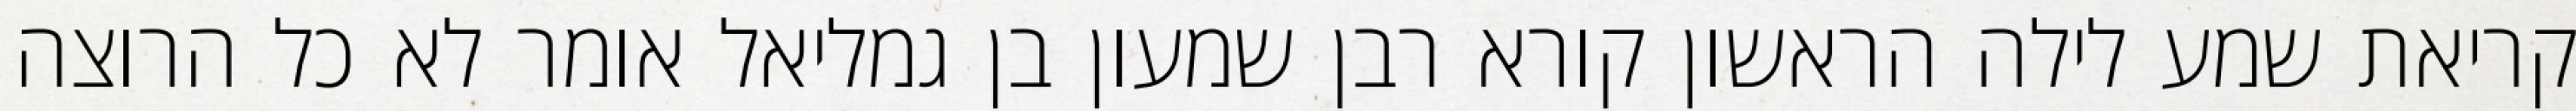
קריאת שמע לילה הראשון קורא רבן שמעון בן גמליאל אומר לא כל הרוצה